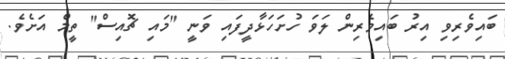
ބައިވެރިވި އިރު ބައިވެރިން ލަވަ ހުށަހަޅާދީފައި ވަނީ "މައި ޗޮއިސް" ތީމް އަށެވެ.